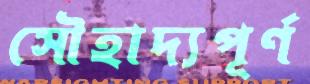
সৌহাদ্যপূর্ণ